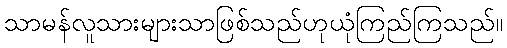
သာမန်လူသားများသာဖြစ်သည်ဟုယုံကြည်ကြသည်။